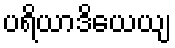
ပရိယာဒိယေယျ